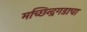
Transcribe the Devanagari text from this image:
मच्छिन्द्रगडाचा